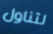
لتناول